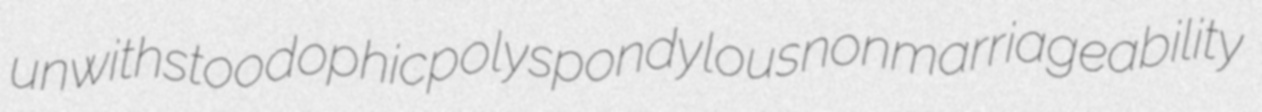
unwithstood ophic polyspondylous nonmarriageability